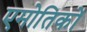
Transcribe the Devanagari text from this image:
एमोतिकों